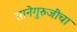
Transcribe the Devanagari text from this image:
सानेगुरुजींचा